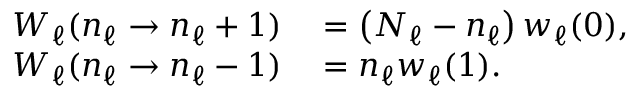
\begin{array} { r l } { W _ { \ell } ( n _ { \ell } \rightarrow n _ { \ell } + 1 ) } & { { } = \left( N _ { \ell } - n _ { \ell } \right) w _ { \ell } ( 0 ) , } \\ { W _ { \ell } ( n _ { \ell } \rightarrow n _ { \ell } - 1 ) } & { { } = n _ { \ell } w _ { \ell } ( 1 ) . } \end{array}